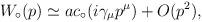
LaTeX: \begin{align*}W_\circ(p) \simeq ac_\circ(i\gamma_\mu p^\mu) +O(p^2),\end{align*}